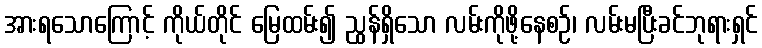
အားရသောကြောင့် ကိုယ်တိုင် မြေထမ်း၍ ညွန်ရှိသော လမ်းကိုဖို့နေစဉ်၊ လမ်းမပြီးခင်ဘုရားရှင်